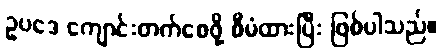
ဥပဒေ ကျောင်းတက်စေဖို့ စီမံထားပြီး ဖြစ်ပါသည်။